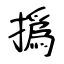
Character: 撝